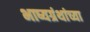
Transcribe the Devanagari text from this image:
भाष्यग्रंथांच्या